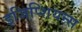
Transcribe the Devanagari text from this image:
इजिप्शियन्स